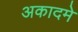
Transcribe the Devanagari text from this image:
अकादमे